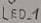
Text: LED1